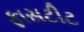
ફાસટીટ